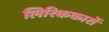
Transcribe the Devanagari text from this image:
लिरिककारों